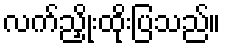
လက်ညှိုးထိုးပြသည်။